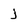
Character: j